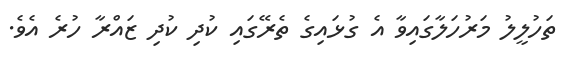
ތަހުލީލު މަރުހަލާގައިވާ އެ ގުޅައިގެ ތެރޭގައި ކުދި ކުދި ޒައްރާ ހުރެ އެވެ.